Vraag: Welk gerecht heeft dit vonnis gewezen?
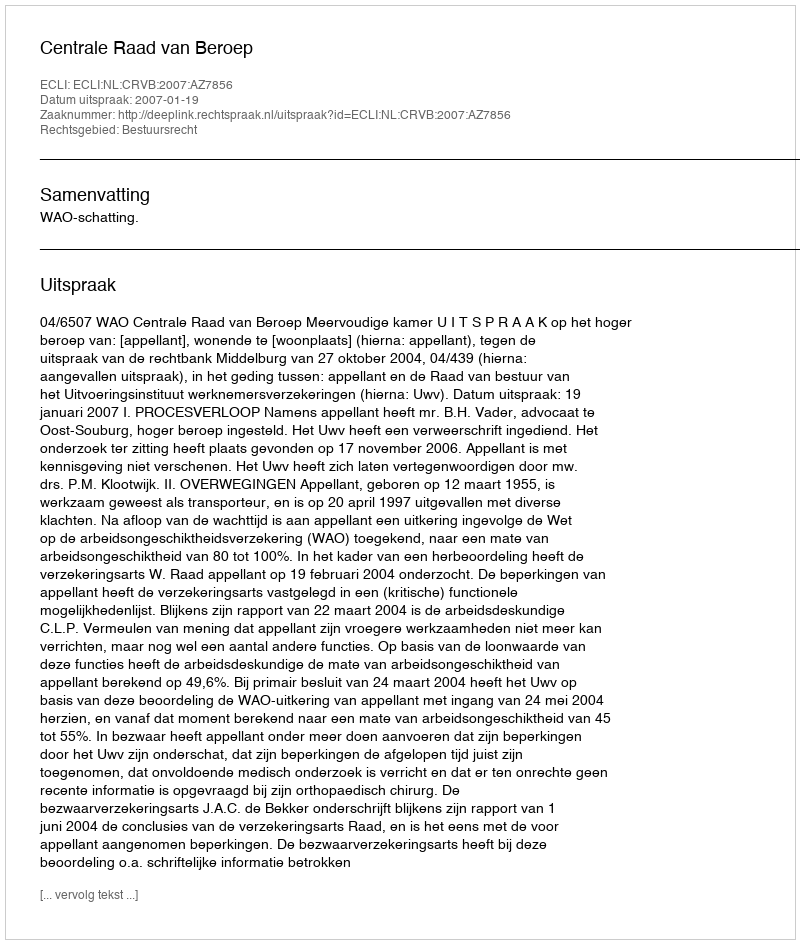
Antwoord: Centrale Raad van Beroep